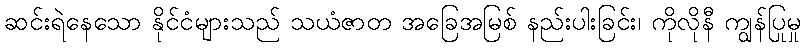
ဆင်းရဲနေသော နိုင်ငံများသည် သယံဇာတ အခြေအမြစ် နည်းပါးခြင်း၊ ကိုလိုနီ ကျွန်ပြုမှု